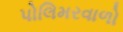
પોલિમરવાળો